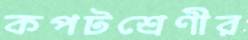
কপটশ্রেণীর